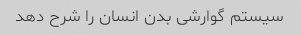
سیستم گوارشی بدن انسان را شرح دهد